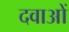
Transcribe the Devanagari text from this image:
दवाअों